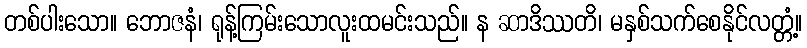
တစ်ပါးသော။ ဘောဇနံ၊ ရုန့်ကြမ်းသောလူးထမင်းသည်။ န ဆာဒိဿတိ၊ မနှစ်သက်စေနိုင်လတ္တံ့။